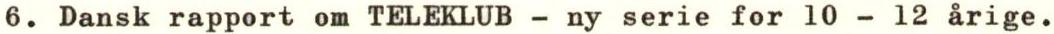
6. Dansk rapport om TELEKLUB - ny serie for 10 - 12 årige.